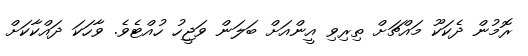
ރޮމުން ދެކަކޫ މައްޗަށް ތިރިވި އީންއަށް ބަލަން ވަޖީހު ހުއްޓެވެ. ވާހަކަ ދައްކާކަށް